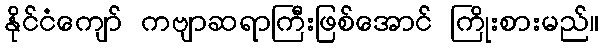
နိုင်ငံကျော် ကဗျာဆရာကြီးဖြစ်အောင် ကြိုးစားမည်။